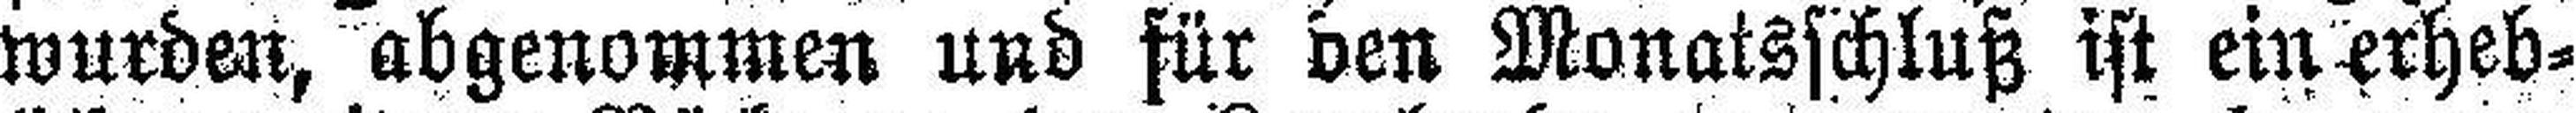
wurden, abgenommen und für den Monatsschluß ist einerheb¬